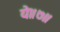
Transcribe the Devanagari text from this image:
ये॥७॥